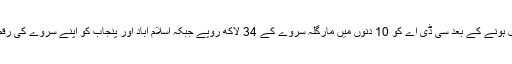
بعد ازاں عدالت نے دلائل مکمل ہونے کے بعد سی ڈی اے کو 10 دنوں میں مارگلہ سروے کے 34 لاکھ روپے جبکہ اسلام آباد اور پنجاب کو اپنے سروے کی رقم جمع کروانے کا حکم دے دیا۔